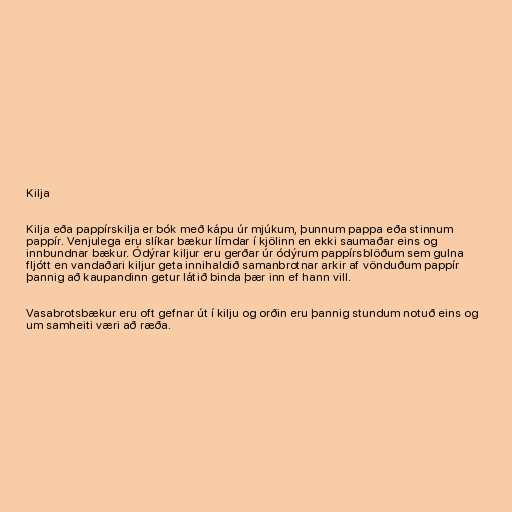
Kilja

Kilja eða pappírskilja er bók með kápu úr mjúkum, þunnum pappa eða stinnum
pappír. Venjulega eru slíkar bækur límdar í kjölinn en ekki saumaðar eins og
innbundnar bækur. Ódýrar kiljur eru gerðar úr ódýrum pappírsblöðum sem gulna
fljótt en vandaðari kiljur geta innihaldið samanbrotnar arkir af vönduðum pappír
þannig að kaupandinn getur látið binda þær inn ef hann vill.

Vasabrotsbækur eru oft gefnar út í kilju og orðin eru þannig stundum notuð eins og
um samheiti væri að ræða.